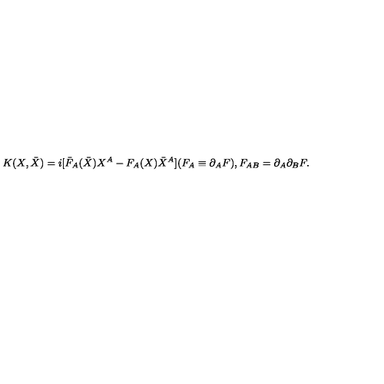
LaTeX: K ( X , \bar { X } ) = i [ \bar { F } _ { A } ( \bar { X } ) X ^ { A } - F _ { A } ( X ) \bar { X } ^ { A } ] ( F _ { A } \equiv \partial _ { A } F ) , F _ { A B } = \partial _ { A } \partial _ { B } F .